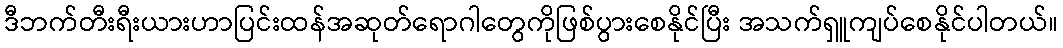
ဒီဘက်တီးရီးယားဟာပြင်းထန်အဆုတ်ရောဂါတွေကိုဖြစ်ပွားစေနိုင်ပြီး အသက်ရှူကျပ်စေနိုင်ပါတယ်။